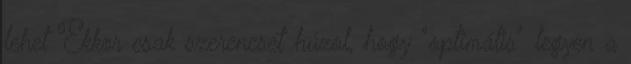
lehet Ekkor csak szerencsét húzol, hogy "optimális" legyen a